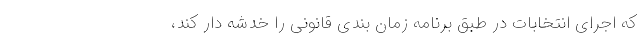
که اجرای انتخابات در طبق برنامه زمان بندی قانونی را خدشه دار کند،